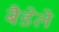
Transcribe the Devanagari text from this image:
बैडेले